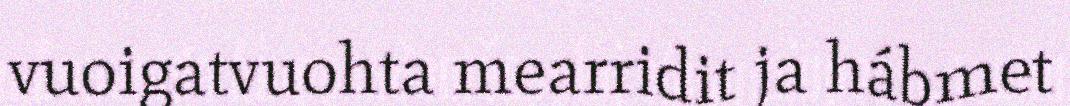
vuoigatvuohta mearridit ja hábmet